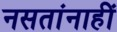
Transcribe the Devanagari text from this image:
नसतांनाहीं